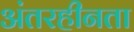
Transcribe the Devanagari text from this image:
अंतरहीनता